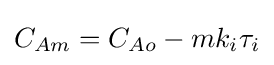
C_{Am}=C_{Ao}-mk_{i}\tau _{i}